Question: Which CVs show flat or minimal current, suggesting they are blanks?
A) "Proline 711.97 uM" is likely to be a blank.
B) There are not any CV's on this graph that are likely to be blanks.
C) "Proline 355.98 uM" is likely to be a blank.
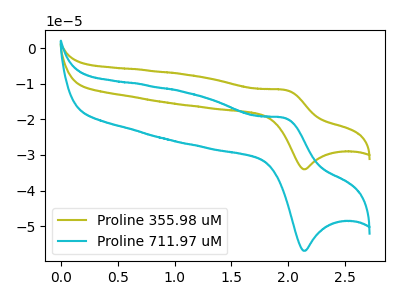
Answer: <think>The olive curve "Proline 355.98 uM" has an anodic peak at (1.95V, -11.75uA) and a cathodic peak at (2.15V, -34.00uA). The cyan curve "Proline 711.97 uM" has an anodic peak at (1.95V, -19.65uA) and a cathodic peak at (2.15V, -56.90uA).</think>
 <answer>B) There are not any CV's on this graph that are likely to be blanks.</answer>
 <eval>B</eval>